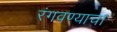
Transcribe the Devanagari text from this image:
रंगवण्याचा